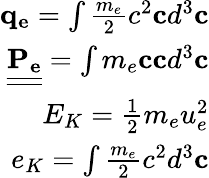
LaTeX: \begin{array}{r}{\mathbf{q_{e}}=\int\frac{m_{e}}{2}c^{2}\mathbf{c}d^{3}\mathbf{c}}\\ {\underline{{\underline{{\mathbf{P_{e}}}}}}=\int m_{e}\mathbf{c}\mathbf{c}d^{3}\mathbf{c}}\\ {E_{K}=\frac{1}{2}m_{e}u_{e}^{2}}\\ {e_{K}=\int\frac{m_{e}}{2}c^{2}d^{3}\mathbf{c}}\end{array}